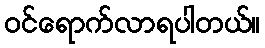
ဝင်ရောက်လာရပါတယ်။